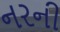
નરની